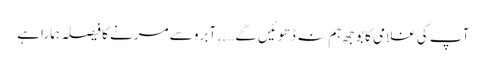
آپ کی غلامی کا بوجھ ہم نہ ڈھوئیں گے ….. آبرو سے مرنے کا فیصلہ ہمارا ہے